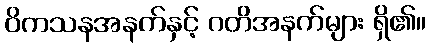
ဝိကသနအနက်နှင့် ဂတိအနက်များ ရှိ၏။